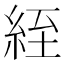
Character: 絰